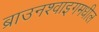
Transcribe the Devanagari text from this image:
ब्राउनश्वाइगमधील